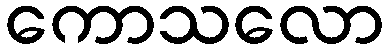
ကောသလော